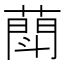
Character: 𦻶